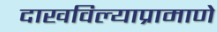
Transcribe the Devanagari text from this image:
दाखविल्याप्रामाणे